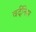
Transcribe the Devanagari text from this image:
वर्दीनेस